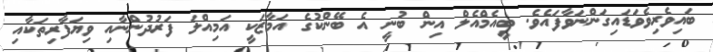
ބައިވެރިވެވަޑައިގަންނަވާފައެވެ. ބީއެމްއެލް އިން ބުނީ އެ ބޭންކުގެ އަމާޒަކީ އަމިއްލަ ފަރުދުންނާއި ވިޔަފާރިތަކާއި